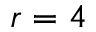
r = 4